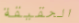
الحقيقة